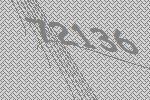
72136